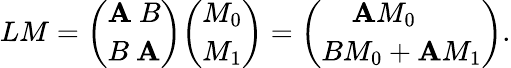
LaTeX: LM={\binom{\mathbf{A}\ B}{B\ \mathbf{A}}}{\binom{M_{0}}{M_{1}}}={\binom{\mathbf{A}M_{0}\ \quad}{BM_{0}+\mathbf{A}M_{1}}}.